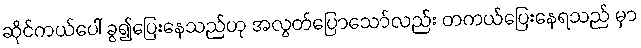
ဆိုင်ကယ်ပေါ် ခွ၍ပြေးနေသည်ဟု အလွတ်ပြောသော်လည်း တကယ်ပြေးနေရသည် မှာ